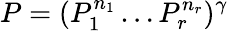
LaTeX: P=(P_{1}^{n_{1}}\dots P_{r}^{n_{r}})^{\gamma}